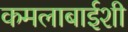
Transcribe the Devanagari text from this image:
कमलाबाईशी